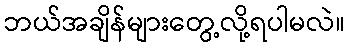
ဘယ်အချိန်များတွေ့လို့ရပါမလဲ။